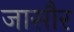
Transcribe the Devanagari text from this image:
जासौर